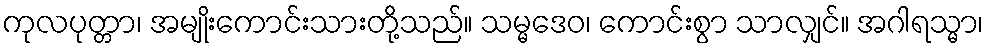
ကုလပုတ္တာ၊ အမျိုးကောင်းသားတို့သည်။ သမ္မဒေဝ၊ ကောင်းစွာ သာလျှင်။ အဂါရသ္မာ၊